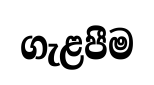
ගැළපීම